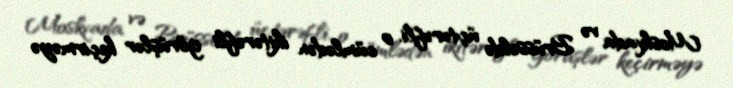
Moskvada və Brüsseldə üçtərəfli, o cümlədən ikitərəfli görüşlər keçirməyə